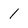
Character: 1